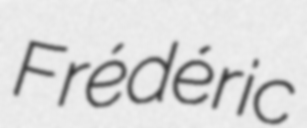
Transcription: Frédéric